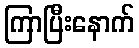
ကြာပြီးနောက်